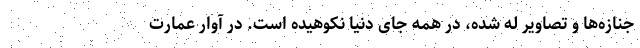
جنازه‌ها و تصاویر له شده، در همه جای دنیا نکوهیده است. در آوار عمارت